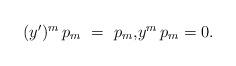
LaTeX: \begin{align*}\begin{minipage}[c]{35pc}$(y')^m\,p_m\ =\ p_m,$$y^m\,p_m = 0.$\end{minipage}\end{align*}